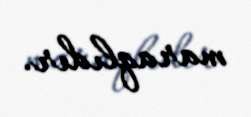
maraqlıdır.